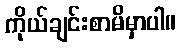
ကိုယ်ချင်းစာမိမှာပါ။